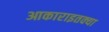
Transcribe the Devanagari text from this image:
आकाराइतक्या